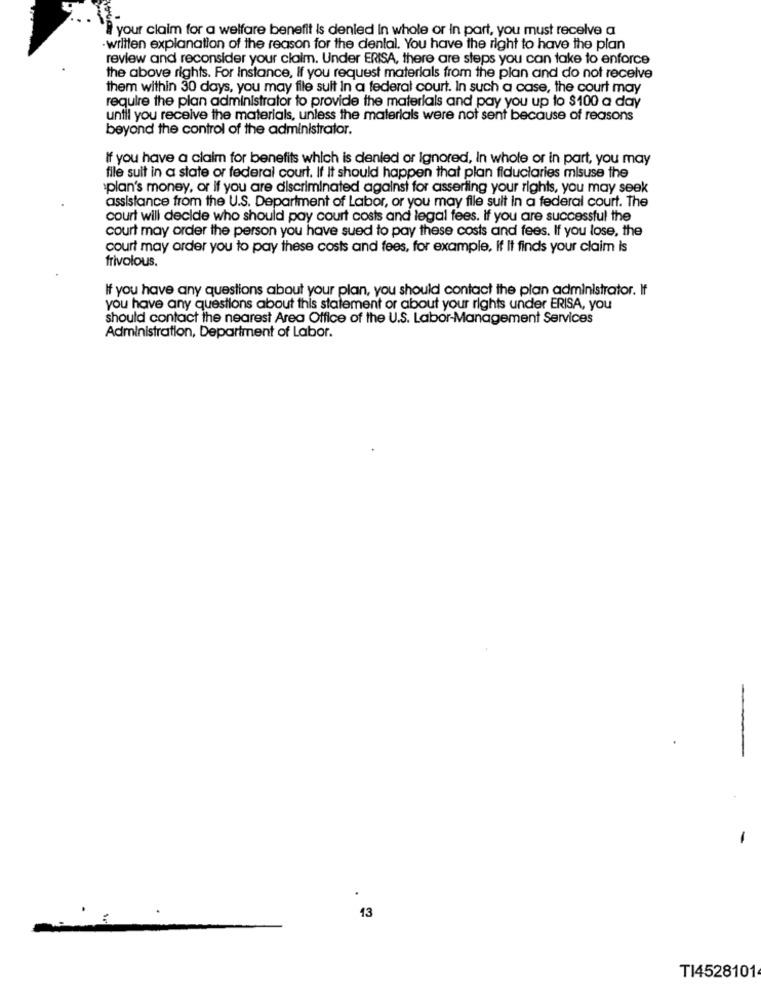
# your claim for a welfare benefit is denied In whole or In part, you must receive a
-written explanation of the reason for the dental. You have the right to have the plan
review and reconsider your claim. Under ERISA, there are steps you can take to enforce
the above rights. For Instance, If you request materials from the plan and do not receive
them within 30 days, you may file suit In a federal court. In such a case, the court may
require the plan administrator to provide the materials and pay you up to $100 a day
until you receive the materials, unless the materials were not sent because of reasons
beyond the control of the administrator.
If you have a claim for benefits which is denied or Ignored, In whole or in part, you may
file suit in a state or federal court. If It should happen that plan fiduciaries misuse the
splan's money, or if you are discriminated against for asserting your rights, you may seek
assistance from the U.S. Department of Labor, or you may file suit in a federal court. The
court will decide who should pay court costs and legal fees. if you are successful the
court may order the person you have sued to pay these costs and fees. If you lose, the
court may order you to pay these costs and fees, for example, if It finds your claim is
frivolous.
If you have any questions about your plan, you should contact the plan administrator. If
you have any questions about this statement or about your rights under ERISA, you
should contact the nearest Area Office of the U.S. Labor-Management Services
Administration, Department of Labor.
-
13
TI4528101